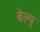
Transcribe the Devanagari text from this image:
बेल्यू